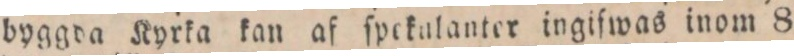
byggda Kyrka kan af ſpekulanter ingifwas inom 8